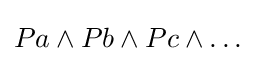
Pa\land Pb\land Pc\land \dots